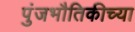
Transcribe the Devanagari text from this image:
पुंजभौतिकीच्या